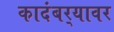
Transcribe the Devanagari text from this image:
कादंबर्‍यावर